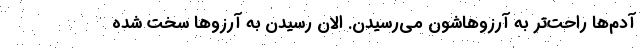
آدم‌ها راحت‌‌تر به آرزوهاشون می‌رسیدن. الان رسیدن به آرزوها سخت شده